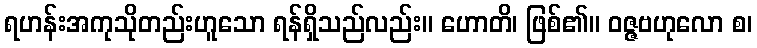
ရဟန်းအကုသိုတည်းဟူသော ရန်ရှိသည်လည်း။ ဟောတိ၊ ဖြစ်၏။ ဝဇ္ဇဗဟုလော စ၊